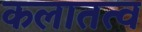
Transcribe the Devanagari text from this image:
कलातत्व